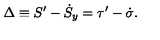
\Delta \equiv S ^ { \prime } - \dot { S } _ { y } = \tau ^ { \prime } - \dot { \sigma } .